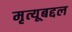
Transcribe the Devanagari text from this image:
मृत्यूबद्दल